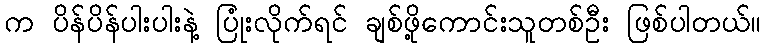
က ပိန်ပိန်ပါးပါးနဲ့ ပြုံးလိုက်ရင် ချစ်ဖို့ကောင်းသူတစ်ဦး ဖြစ်ပါတယ်။